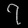
Digit: ၇